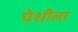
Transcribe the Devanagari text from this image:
पेशीला